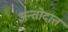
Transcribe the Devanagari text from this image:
अन्तोदात्त